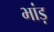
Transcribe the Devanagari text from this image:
भांड़